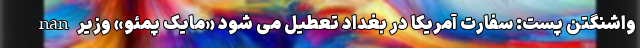
nan واشنگتن پست: سفارت آمریکا در بغداد تعطیل می شود «مایک پمئو» وزیر